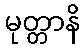
မုတ္တာနိ